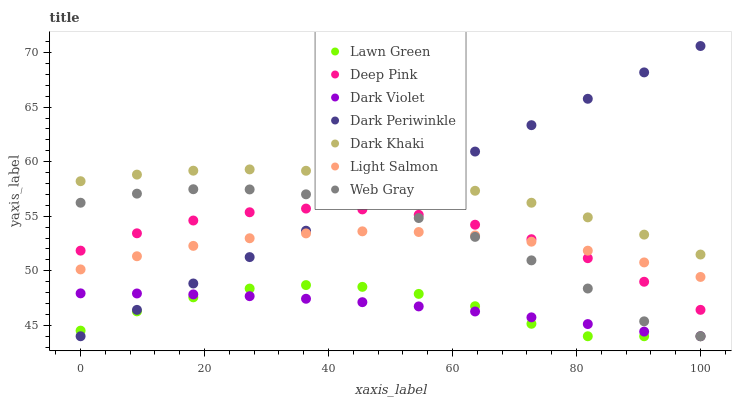
| xaxis_label | Lawn Green | Deep Pink | Dark Violet | Dark Periwinkle | Dark Khaki | Light Salmon | Web Gray |
 | --- | --- | --- | --- | --- | --- | --- | --- |
 | 0 | 44.5 | 51.8 | 47.9 | 44 | 58.2 | 50.1 | 56.2 |
 | 9.09 | 46.3 | 53.4 | 47.9 | 46.4 | 58.8 | 51.3 | 57.1 |
 | 18.2 | 47.6 | 54.6 | 47.8 | 48.8 | 59.2 | 52.3 | 57.5 |
 | 27.3 | 48.4 | 55.4 | 47.7 | 51.3 | 59.3 | 53 | 57.5 |
 | 36.4 | 48.7 | 55.7 | 47.4 | 53.7 | 59.2 | 53.4 | 57 |
 | 45.5 | 48.5 | 55.6 | 47.1 | 56.1 | 58.8 | 53.6 | 56.1 |
 | 54.5 | 47.9 | 55.1 | 46.7 | 58.5 | 58.2 | 53.6 | 54.8 |
 | 63.6 | 46.8 | 54.2 | 46.3 | 60.9 | 57.3 | 53.2 | 53.1 |
 | 72.7 | 45.1 | 52.9 | 45.7 | 63.3 | 56.2 | 52.7 | 51 |
 | 81.8 | 44 | 51.2 | 45.1 | 65.8 | 54.9 | 51.8 | 48.4 |
 | 90.9 | 44 | 49 | 44.4 | 68.2 | 53.3 | 50.8 | 45.4 |
 | 100 | 44 | 46.4 | 44 | 70.6 | 51.5 | 49.4 | 44 |